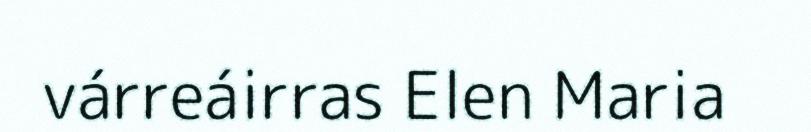
várreáirras Elen Maria